Civil Veterinary Department. Madras. Admin. report 1926-33 - 1926-1933
Year: 1926
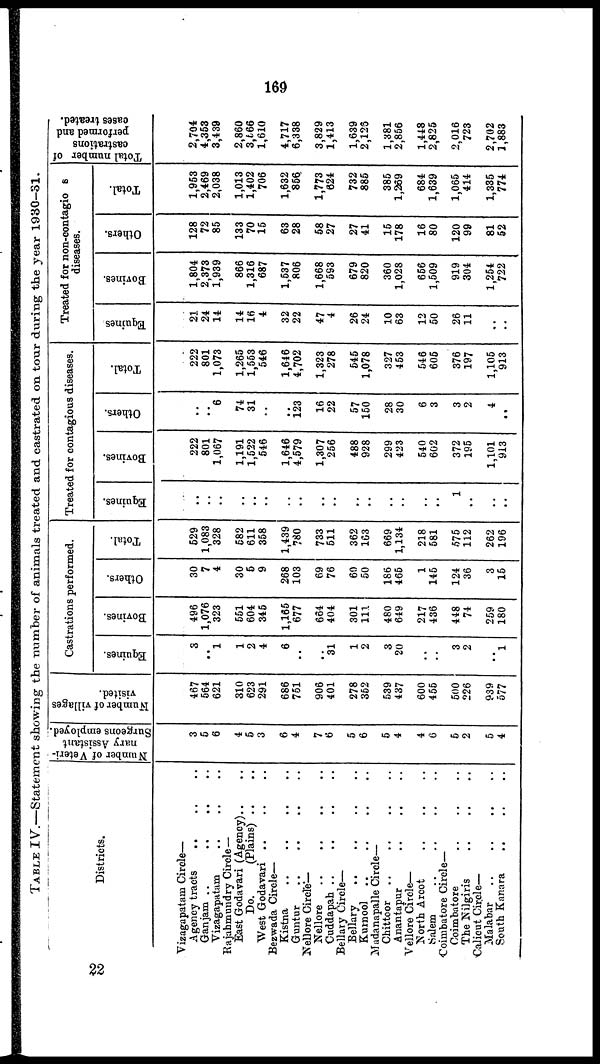
169
TABLE IV.—Statement showing the number of animals treated and castrated on tour during the year 1930—31.
Districts.
Vizagapatam Circle—
Agency tracts
.. .. ..
Ganjam ..
..
..
Vizagapatam .. .. ..
Rajahmundry Circle —
East Godavari (Agency) .. ..
Do.
(Plains) ..
West Godavari
..
..
..
Bezwada Circle—
Kistna
..
..
..
..
Guntur
..
..
.. ..
Nellore Circle—
Nellore
..
.. .. ..
Cuddapah .. .. ..
Bellary Circle—
Bellary
.. .. .. ..
Kumool .. .. .. ..
Madanapalle Circle—
Chittoor .. .. .. ..
Anantapur .. .. .. ..
Vellore Circle—
North Arcot .. .. ..
Salem .. .. .. ..
Coimbatore Circle—
Coimbatore .. .. ..
The Nilgiris
..
..
..
Calicut Circle—
Malabar
South Kanara
.. .. .. ..
Number of Veteri-
nary Assistant
Surgeons employed.
3
5
6
4
5
3
6
4
7
6
5
6
5
4
4
6
5
2
5
4
Number of villages
visited.
467
564
621
310
623
291
686
751
906
401
278
352
539
437
600
455
500
226
939
577
Castrations performed.
Equines.
3
..
1
1
2
4
6
..
..
31
1
2
3
20
..
..
3
2
..
1
Bovines.
496
1,076
323
551
604
345
1,165
677
664
404
301
111
480
649
217
436
448
74
259
180
Others.
30
7
4
30
5
9
268
103
69
76
60
50
186
465
1
145
124
36
3
15
Total.
529
1,083
328
582
611
358
1,439
780
733
511
362
163
669
1,134
218
581
575
112
262
196
Treated for contagious diseases.
Equines.
..
..
..
..
..
..
..
..
..
..
..
..
..
..
..
..
1
..
..
...
Bovines.
222
801
1,067
1,191
1,522
546
1,646
4,579
1,307
256
488
928
299
423
540
602
372
195
1,101
9i3
Others.
..
..
6
74
31
..
..
123
16
22
57
150
28
30
6
3
3
2
4
..
Total.
222
801
1,073
1,265
1,553
546
1,646
4,702
1,323
278
545
1,078
327
453
546
605
376
197
1,105
913
Treated for non-contagio s
diseases.
Equines
21
24
14
14
16
4
32
22
47
4
26
24
10
63
12
50
26
11
..
..
Bovines.
1,804
2,373
1,939
866
1,316
687
1,537
806
1,668
593
679
820
360
1,028
656
1,509
919
304
1,254
722
Others.
128
72
85
133
70
15
63
28
58
27
27
41
15
178
16
80
120
99
81
52
Total.
1,953
2,469
2,038
1,013
1,402
706
1,632
856
1,773
624
732
885
385
1,269
684
1,639
1,065
414
1,335
774
Total number of
castrations
performed and
cases treated.
2,704
4,353
3,439
2,860
3,666
1,610
4,717
6,338
3,829
1,413
1,639
2,125
1,381
2,856
1,448
2,825
2,016
723
2,702
1,883
22